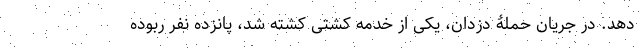
دهد. در جریان حملۀ دزدان، یکی از خدمه کشتی کشته شد، پانزده نفر ربوده